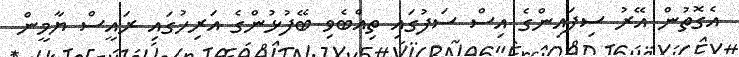
އެގޮތުން އޭރު ސިފައިންގެ އިސް ސަފުގައި ތިއްބެވި ބޭފުޅުންގެ އަރިހުގަައި ރައީސް ޔާމީން